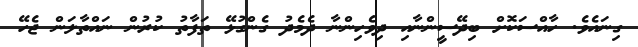
ގިނައެވެ. ހާއްސަކޮށް ބިދޭސީންނާއި ދިވެހިންނާ ދެމެދު ގެންގުޅޭ ތަފާތު ކުރުން ނައްތާލަން ޖެހޭ